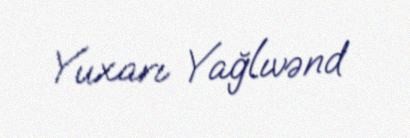
Yuxarı Yağlıvənd